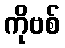
ကိုဗစ်